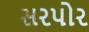
સરપોર